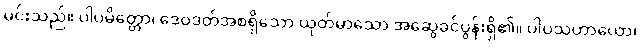
မင်းသည်။ ပါပမိတ္တော၊ ဒေဝဒတ်အစရှိသော ယုတ်မာသော အဆွေခင်ပွန်းရှိ၏။ ပါပသဟာယော၊